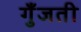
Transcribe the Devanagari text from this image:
गुँजती